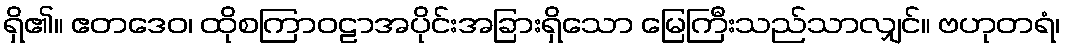
ရှိ၏။ ဧတဒေဝ၊ ထိုစကြာဝဠာအပိုင်းအခြားရှိသော မြေကြီးသည်သာလျှင်။ ဗဟုတရံ၊